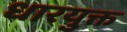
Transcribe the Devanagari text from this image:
धारयुक्त